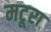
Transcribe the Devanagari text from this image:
मटूरा